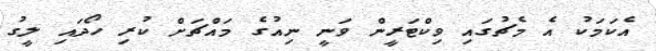
އެކަމަކު އެ މެޗުގައި ވިކްޓަރީން ވަނީ ނިއުގެ މައްޗަށް ކުރި ހޯދައި ލީގު